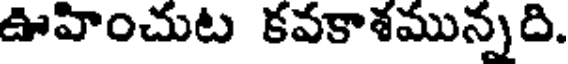
ఊహించుట కవకాశమున్నది.